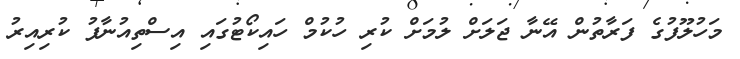
މަހުލޫފުގެ ފަރާތުން އޭނާ ޖަލަށް ލުމަށް ކުރި ހުކުމް ހައިކޯޓުގައި އިސްތިއުނާފު ކުރިއިރު